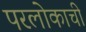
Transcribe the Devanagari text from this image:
परलोकाची